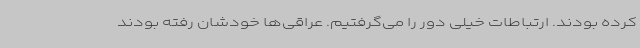
کرده بودند. ارتباطات خیلی دور را می‌گرفتیم. عراقی‌ها خودشان رفته بودند